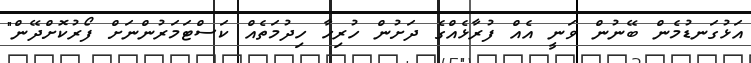
އަޅުގަނޑުމެން ބޭނުން ވަނީ އެއް ފުރާޅެއްގެ ދަށުން ހުރިހާ ހިދުމަތެއް ކަސްޓަމަރުންނަށް ފޯރުކޮށްދޭން"